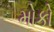
મોકો